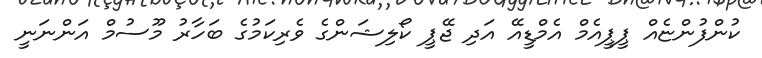
ކުންފުންޏެއް ޕީޕީއެމް އެމްޑީއޭ އަދި ޖޭޕީ ކޯލިޝަންގެ ވެރިކަމުގެ ބަހާރު މޫސުމް އަންނަނީ